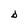
Character: D